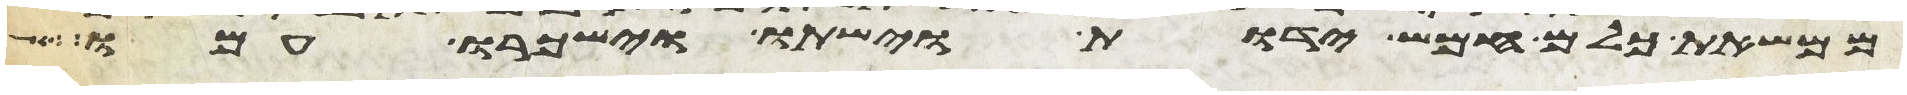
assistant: ממשאת כלם חמש ידות וישתו וישכרו עמו